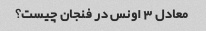
معادل 3 اونس در فنجان چیست؟